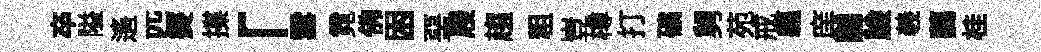
卒隘遙匹爕揲「雲霓佛困堊屐趨粗豈樽打礦舅苑戒軀庠黼臉羲藹桂